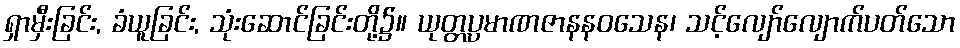
ရှာမှီးခြင်း, ခံယူခြင်း, သုံးဆောင်ခြင်းတို့၌။ ယုတ္တပ္ပမာဏဇာနနဝသေန၊ သင့်လျော်လျောက်ပတ်သော